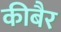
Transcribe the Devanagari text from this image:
कीबैर